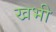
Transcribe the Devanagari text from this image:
खभी